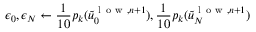
\epsilon _ { 0 } , \epsilon _ { N } \gets \frac { 1 } { 1 0 } p _ { k } ( \tilde { u } _ { 0 } ^ { \mathrm { ~ l ~ o ~ w ~ } , n + 1 } ) , \frac { 1 } { 1 0 } p _ { k } ( \tilde { u } _ { N } ^ { \mathrm { ~ l ~ o ~ w ~ } , n + 1 } )